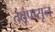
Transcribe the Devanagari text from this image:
तंतूंपासून